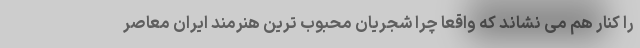
را کنار هم می نشاند که واقعا چرا شجریان محبوب ترین هنرمند ایران معاصر